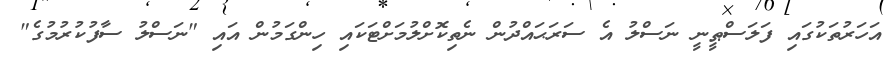
އަހަރުތަކުގައި ފަލަސްޠީނީ ނަސްލު އެ ސަރަޙައްދުން ނެތިކޮށްލުމަށްޓަކައި ހިންގަމުން އައި "ނަސްލު ސާފުކުރުމުގެ"